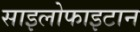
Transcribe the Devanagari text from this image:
साइलोफाइटान